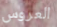
العروس